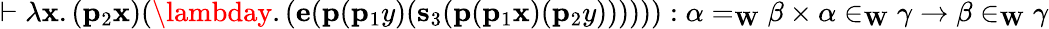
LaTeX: \vdash\lambda\mathbf{x}.(\mathbf{{p}}_{2}\mathbf{x})(\lambday.(\mathbf{{e}}(\mathbf{{p}}(\mathbf{{p}}_{1}y)(\mathbf{{s}}_{3}(\mathbf{{p}}(\mathbf{{p}}_{1}\mathbf{x})(\mathbf{{p}}_{2}y)))))):\alpha=_{\mathbf{{W}}}\beta\times\alpha\in_{\mathbf{{W}}}\gamma\rightarrow\beta\in_{\mathbf{{W}}}\gamma